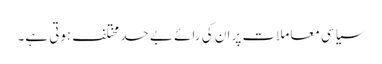
سیاسی معاملات پر ان کی رائے بے حد مختلف ہوتی ہے۔